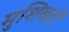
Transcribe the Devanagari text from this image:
मुशिबतों